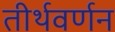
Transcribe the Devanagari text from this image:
तीर्थवर्णन